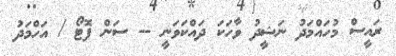
ރައީސް މުހައްމަދު ނަޝީދު ވާހަކަ ދައްކަވަނީ -- ސަން ފޮޓޯ / އަހްމަދު